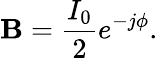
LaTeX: \mathbf{B}={\frac{{I_{0}}}{{2}}}e^{-j\phi}.